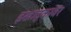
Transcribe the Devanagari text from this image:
इखाद्कावर